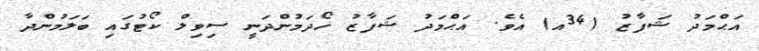
އަޙްމަދު ޝަފާޒު (34އ) އެވެ. އަޙްމަދު ޝަފާޒު ހޯދަމުންދަނީ ސިވިލް ކޯޓުގައި ބަލަމުންދާ